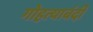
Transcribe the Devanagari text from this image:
गोहत्याबंदी